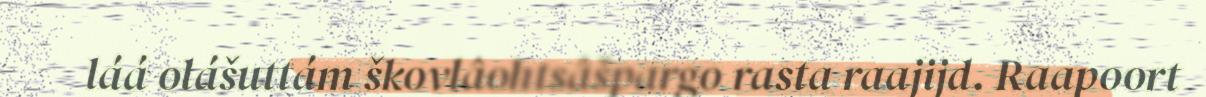
láá olášuttám škovlâohtsâšpargo rasta raajijd. Raapoort